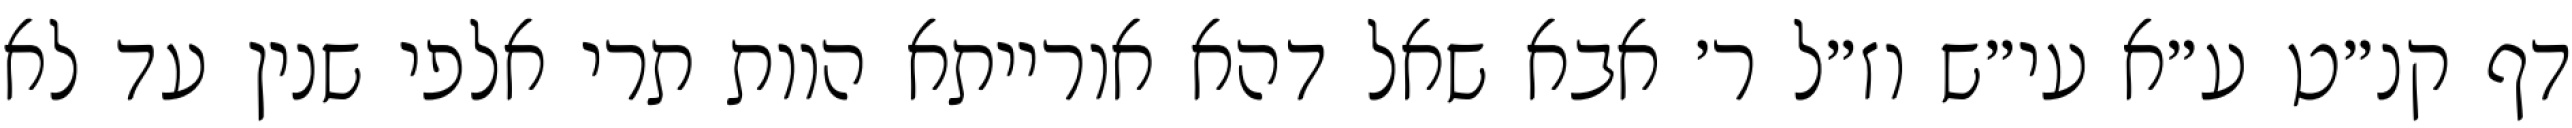
דף קנ״ט ע״א עי״ש וז״ל ר׳ אבא שאל דהא אורייתא הוות תרי אלפי שנין עד לא